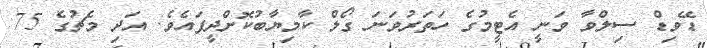
ޑޭވިޑް ސިލްވާ ވަނީ އެޓީމުގެ ހަތަރުވަނަ ގޯލް ކާމިޔާބުކޮށްދީފައެވެ. އަދި މެޗުގެ 75